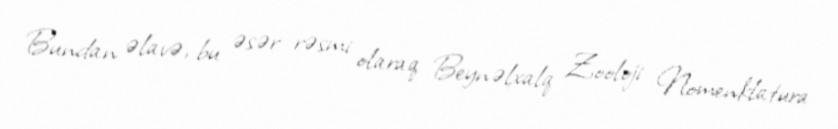
Bundan əlavə, bu əsər rəsmi olaraq Beynəlxalq Zooloji Nomenklatura